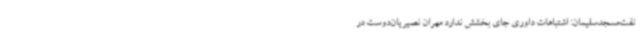
نفت‌مسجدسلیمان: اشتباهات داوری جای بخشش ندارد مهران نصیریان‌دوست در